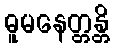
ဓူမနေတ္တန္တိ